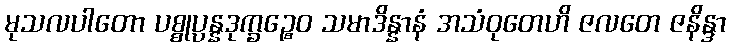
မုသလပါတော ပစ္စုပ္ပန္နဒုက္ခဉ္စေဝ သမာဒိန္နာနံ အသံဝုတေဟိ ဇလတေ ဇနိန္ဒာ